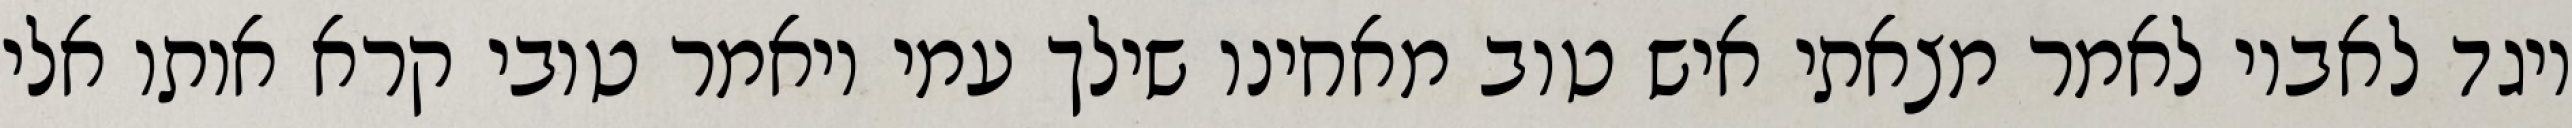
ויגד לאביו לאמר מצאתי איש טוב מאחינו שילך עמי ויאמר טובי קרא אותו אלי